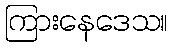
ကြားနေဒေသ။